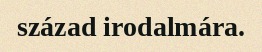
század irodalmára.